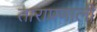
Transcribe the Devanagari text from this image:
ताराप्रणाली